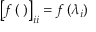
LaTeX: \left[ f \left( \mathbf { \Lambda } \right) \right] _ { i i } = f \left( \lambda _ { i } \right)